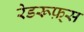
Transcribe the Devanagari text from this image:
रेडरूफ़्स